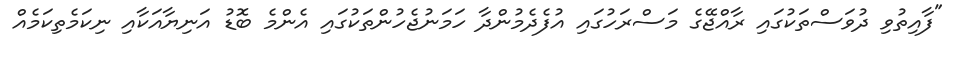
"ފާއިތުވި ދުވަސްތަކުގައި ރާއްޖޭގެ މަސްރަހުގައި އުފެދެމުންދާ ހަމަނުޖެހުންތަކުގައި އެންމެ ބޮޑު އަނިޔާއަކާއި ނިކަމެތިކަމެއް